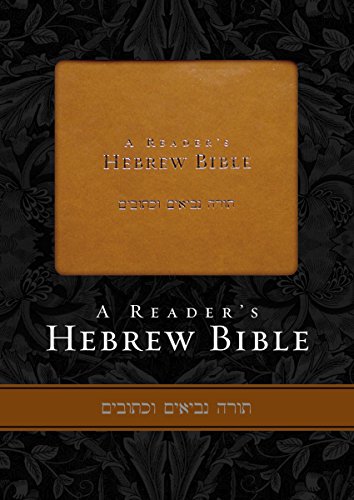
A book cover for A Reader's Hebrew Bible; Christian Books & Bibles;